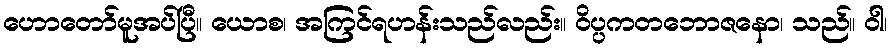
ဟောတော်မူအပ်ပြီ။ ယောစ၊ အကြင်ရဟန်းသည်လည်း။ ဝိပ္ပကတဘောဇနော၊ သည်။ ဝါ၊